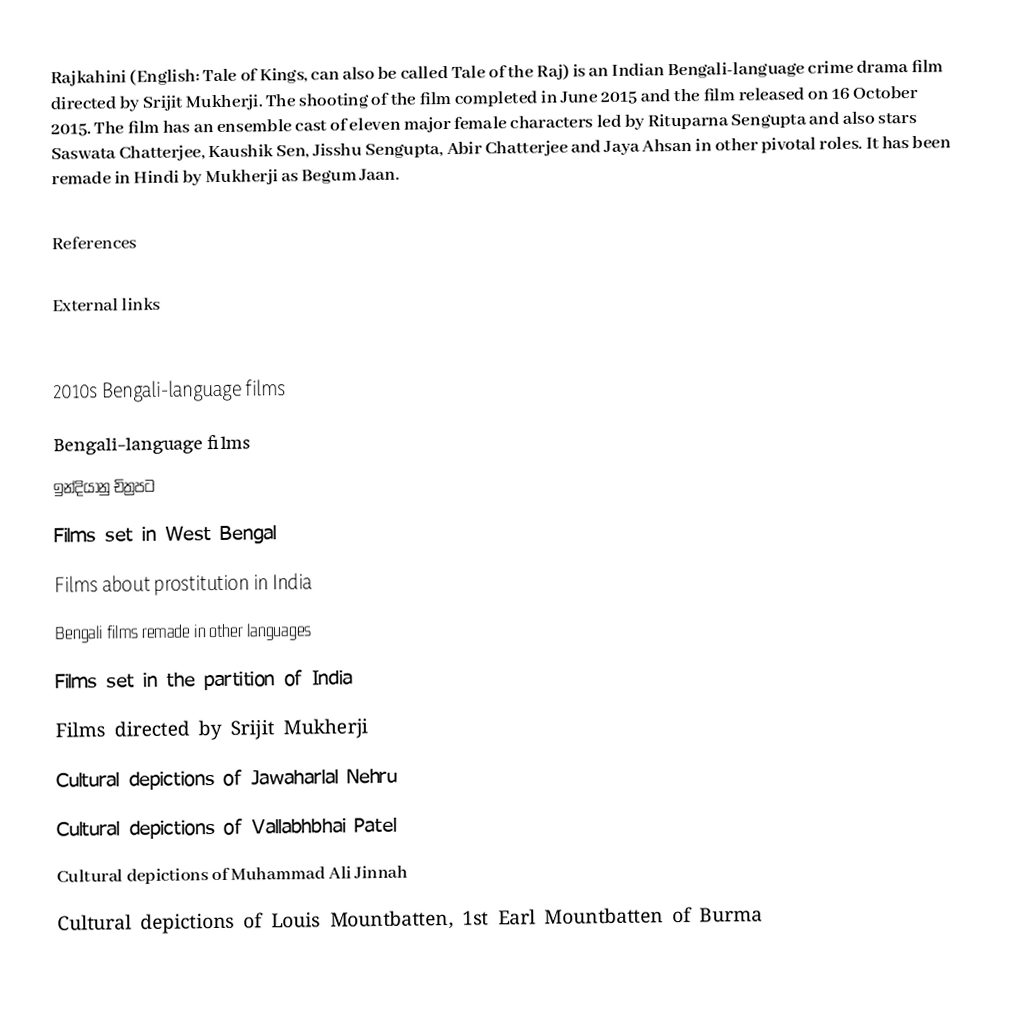
Rajkahini (English: Tale of Kings, can also be called Tale of the Raj) is an Indian Bengali-language crime drama film directed by Srijit Mukherji. The shooting of the film completed in June 2015 and the film released on 16 October 2015. The film has an ensemble cast of eleven major female characters led by Rituparna Sengupta and also stars Saswata Chatterjee, Kaushik Sen, Jisshu Sengupta, Abir Chatterjee and Jaya Ahsan  in other pivotal roles. It has been remade in Hindi by Mukherji as Begum Jaan.

References

External links

2010s Bengali-language films
Bengali-language films
ඉන්දියානු චිත්‍රපට
Films set in West Bengal
Films about prostitution in India
Bengali films remade in other languages
Films set in the partition of India
Films directed by Srijit Mukherji
Cultural depictions of Jawaharlal Nehru
Cultural depictions of Vallabhbhai Patel
Cultural depictions of Muhammad Ali Jinnah
Cultural depictions of Louis Mountbatten, 1st Earl Mountbatten of Burma